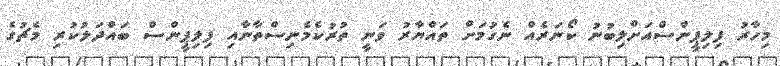
މިހާރު ފިލިޕީންސްއަށްލިބުނު ކޯނަރެއް ނެގުމަށް ތައްޔާރު ވަނީ ތުރުކެމެނިސްތާނާއި ފިލިޕީންސް ބައްދަލުކުރި މެޗުގެ